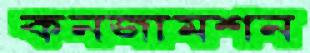
কনজামশন